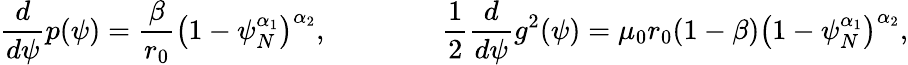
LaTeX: \frac{d}{d\psi}p(\psi)=\frac{\beta}{r_{0}}\left(1-\psi_{N}^{\alpha_{1}}\right)^{\alpha_{2}},\qquad\qquad\frac{1}{2}\frac{d}{d\psi}g^{2}(\psi)=\mu_{0}r_{0}(1-\beta)\left(1-\psi_{N}^{\alpha_{1}}\right)^{\alpha_{2}},